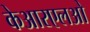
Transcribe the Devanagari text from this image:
केआरएलओ